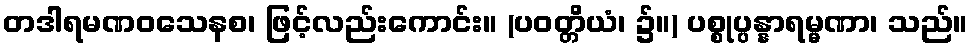
တဒါရမဏဝသေနစ၊ ဖြင့်လည်းကောင်း။ (ပဝတ္တိယံ၊ ၌။) ပစ္စုပ္ပန္နာရမ္မဏာ၊ သည်။